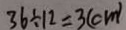
3 6 \div 1 2 = 3 ( c m )